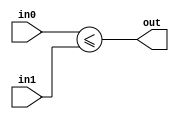
module coreir_sle #(
    parameter width = 1
) (
    input [width-1:0] in0,
    input [width-1:0] in1,
    output out
);
  assign out = $signed(in0) <= $signed(in1);
endmodule

module coreir_sle8_wrapped (
    input [7:0] I0,
    input [7:0] I1,
    output O
);
wire coreir_sle8_inst0_out;
coreir_sle #(
    .width(8)
) coreir_sle8_inst0 (
    .in0(I0),
    .in1(I1),
    .out(coreir_sle8_inst0_out)
);
assign O = coreir_sle8_inst0_out;
endmodule